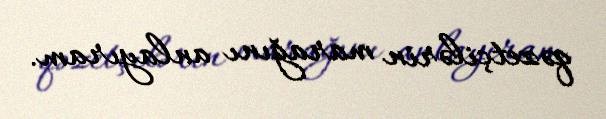
qəzetçilərin marağını anlayıram.